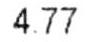
4.77